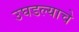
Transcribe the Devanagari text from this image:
उघडल्‍याचे